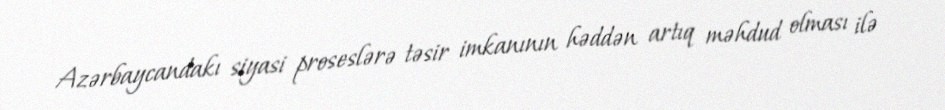
Azərbaycandakı siyasi proseslərə təsir imkanının həddən artıq məhdud olması ilə